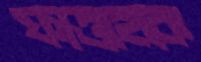
ফাত্তাহকে